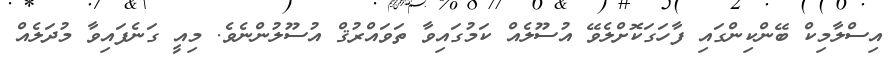
އިސްލާމިކް ބޭންކިންގައި ފާހަގަކޮށްލެވޭ އުސޫލެއް ކަމުގައިވާ ތަވައްރުޤް އުސޫލުންނެވެ. މިއީ ގަނެފައިވާ މުދަލެއް